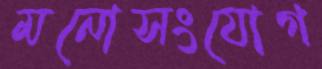
মনোসংযোগ